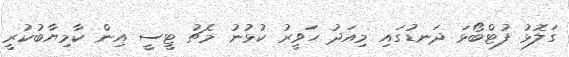
ގަލޮޅު ފުޓްބޯޅަ ދަނޑުގައި މިއަދު ހަވީރު ކުޅުނު މެޗު ޓީސީ އިން ކާމިޔާބުކުރީ